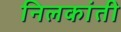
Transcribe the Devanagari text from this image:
निलकांती